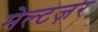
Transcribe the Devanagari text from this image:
मेल्टज़र